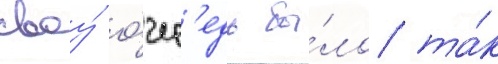
своу́ о́чер'едь бы́ло та́к